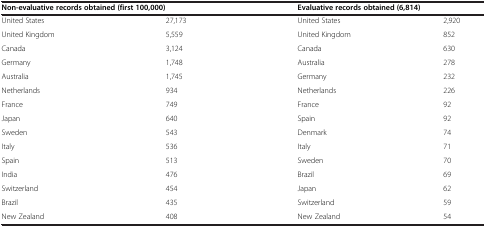
<table><thead><tr><td colspan="2"><b>Non-evaluative records obtained (first 100,000)</b></td><td colspan="2"><b>Evaluative records obtained (6,814)</b></td></tr></thead><tbody><tr><td>United States</td><td>27,173</td><td>United States</td><td>2,920</td></tr><tr><td>United Kingdom</td><td>5,559</td><td>United Kingdom</td><td>852</td></tr><tr><td>Canada</td><td>3,124</td><td>Canada</td><td>630</td></tr><tr><td>Germany</td><td>1,748</td><td>Australia</td><td>278</td></tr><tr><td>Australia</td><td>1,745</td><td>Germany</td><td>232</td></tr><tr><td>Netherlands</td><td>934</td><td>Netherlands</td><td>226</td></tr><tr><td>France</td><td>749</td><td>France</td><td>92</td></tr><tr><td>Japan</td><td>640</td><td>Spain</td><td>92</td></tr><tr><td>Sweden</td><td>543</td><td>Denmark</td><td>74</td></tr><tr><td>Italy</td><td>536</td><td>Italy</td><td>71</td></tr><tr><td>Spain</td><td>513</td><td>Sweden</td><td>70</td></tr><tr><td>India</td><td>476</td><td>Brazil</td><td>69</td></tr><tr><td>Switzerland</td><td>454</td><td>Japan</td><td>62</td></tr><tr><td>Brazil</td><td>435</td><td>Switzerland</td><td>59</td></tr><tr><td>New Zealand</td><td>408</td><td>New Zealand</td><td>54</td></tr></tbody></table>